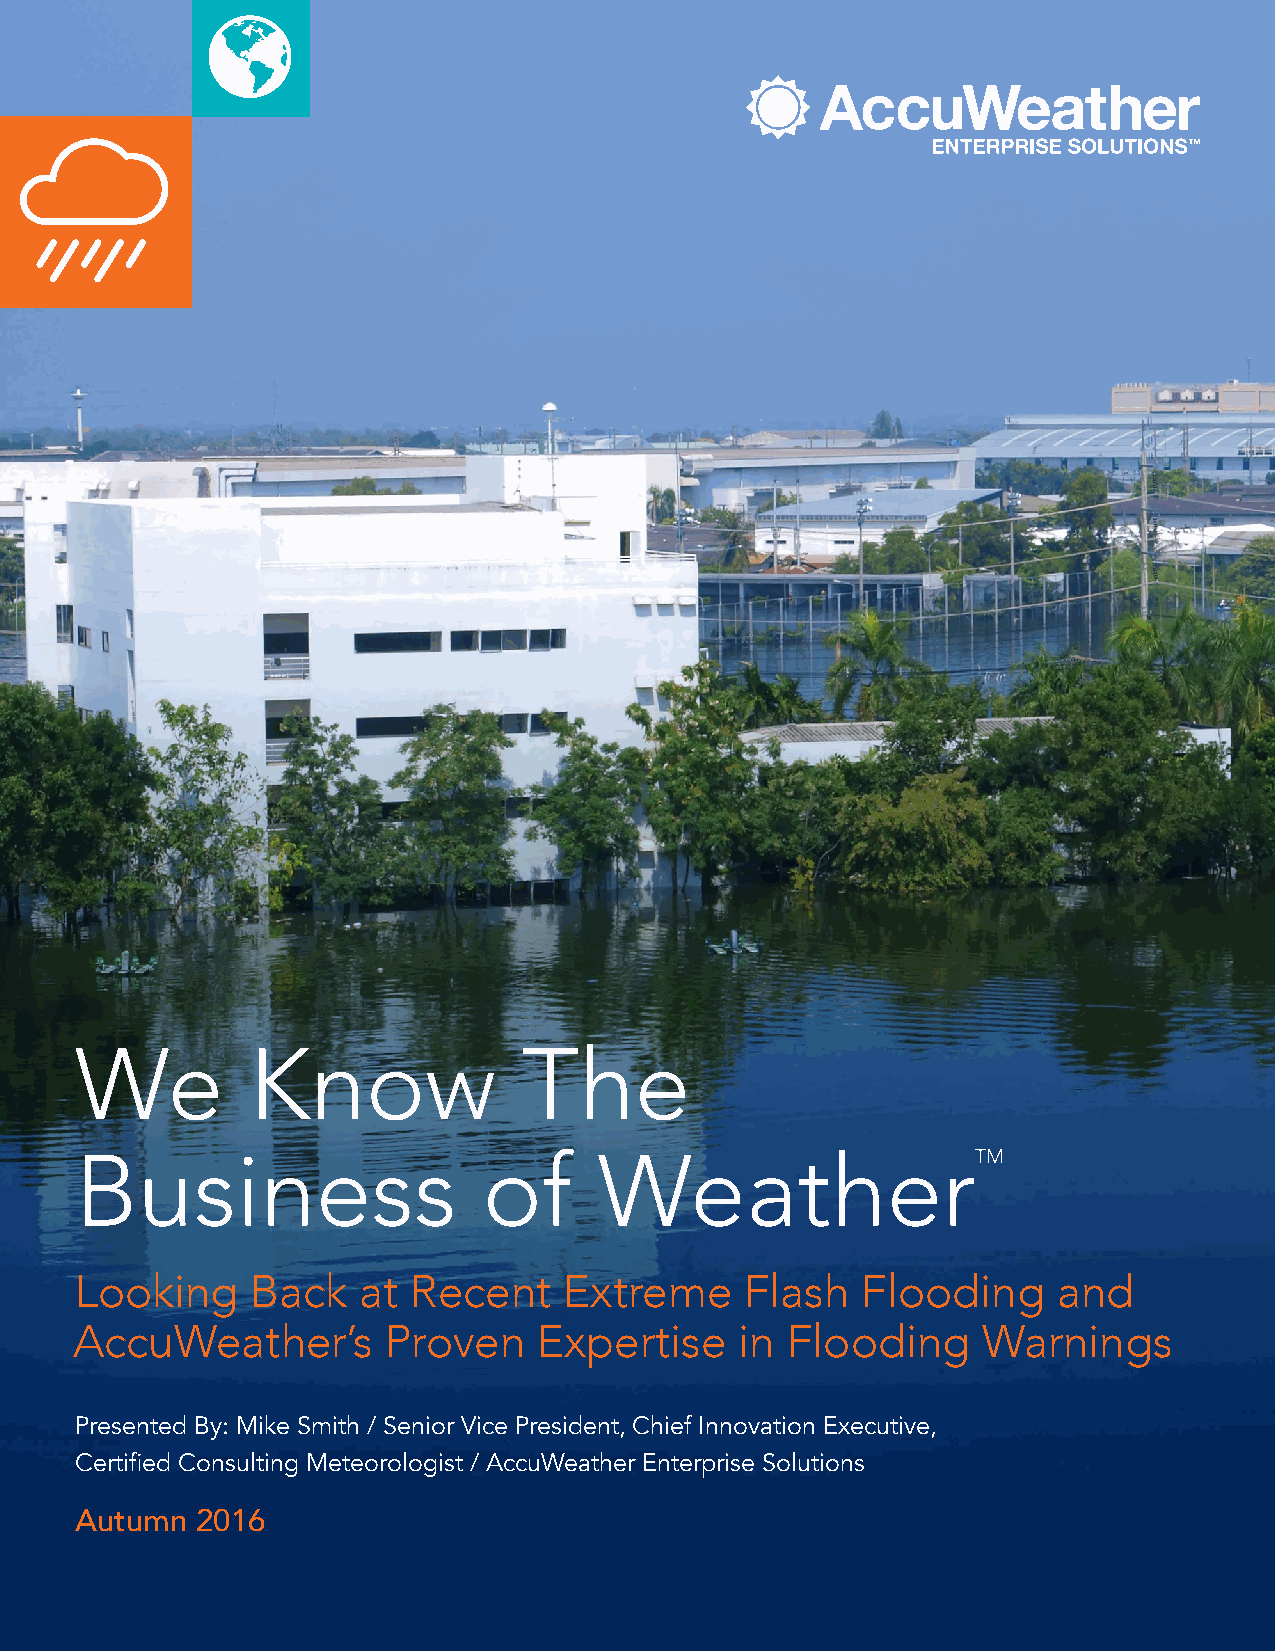
We         Know               The
 Business                   of      Weather
 Looking     Back   at Recent    Extreme     Flash   Flooding     and
 AccuWeather’s       Proven     Expertise    in Flooding     Warnings
 Presented By: Mike Smith / Senior Vice President, Chief Innovation Executive,
 Certified Consulting Meteorologist / AccuWeather Enterprise Solutions
 Autumn  2016